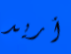
أريد